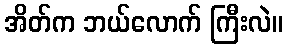
အိတ်က ဘယ်လောက် ကြီးလဲ။